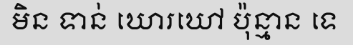
មិន ទាន់ ឃោរឃៅ ប៉ុន្មាន ទេ